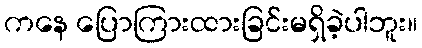
ကနေ ပြောကြားထားခြင်းမရှိခဲ့ပါဘူး။